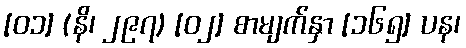
[၀၁] (နိ၊ ၂၉၇) [၀၂] စာမျက်နှာ [၁၆၅] ပန၊